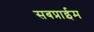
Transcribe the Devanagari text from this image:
सबप्राईम